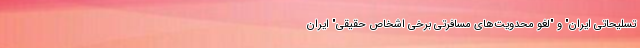
تسلیحاتی ایران" و "لغو محدویت‌های مسافرتی برخی اشخاص حقیقی" ایران